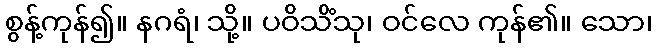
စွန့်ကုန်၍။ နဂရံ၊ သို့။ ပဝိသိံသု၊ ဝင်လေ ကုန်၏။ သော၊